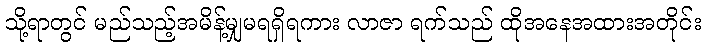
သို့ရာတွင် မည်သည့်အမိန့်မျှမရရှိရကား လာဇာ ရက်သည် ထိုအနေအထားအတိုင်း